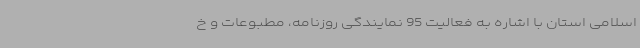
اسلامی استان با اشاره به فعالیت 95 نمایندگی روزنامه‌، مطبوعات و خ